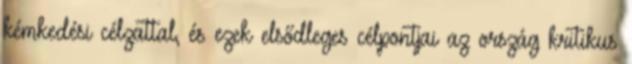
kémkedési célzattal, és ezek elsődleges célpontjai az ország kritikus